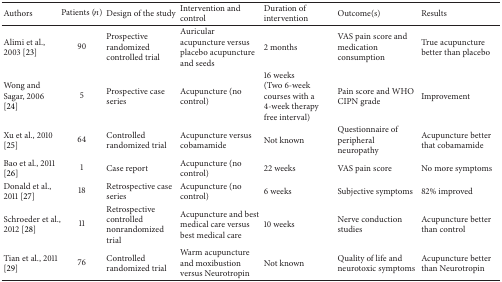
<table><thead><tr><td><b>Authors</b></td><td><b>Patients (<i>n</i>)</b></td><td><b>Design of the study</b></td><td><b>Intervention and control</b></td><td><b>Duration of intervention</b></td><td><b>Outcome(s)</b></td><td><b>Results</b></td></tr></thead><tbody><tr><td>Alimi et al., 2003 [23]</td><td>90</td><td>Prospective randomized controlled trial</td><td>Auricular acupuncture versus placebo acupuncture and seeds</td><td>2 months</td><td>VAS pain score and medication consumption</td><td>True acupuncture better than placebo</td></tr><tr><td>Wong and Sagar, 2006 [24]</td><td>5</td><td>Prospective case series</td><td>Acupuncture (no control)</td><td>16 weeks (Two 6-week courses with a 4-week therapy free interval)</td><td>Pain score and WHO CIPN grade</td><td>Improvement</td></tr><tr><td>Xu et al., 2010 [25]</td><td>64</td><td>Controlled randomized trial</td><td>Acupuncture versus cobamamide</td><td>Not known</td><td>Questionnaire of peripheral neuropathy</td><td>Acupuncture better that cobamamide </td></tr><tr><td>Bao et al., 2011 [26]</td><td>1</td><td>Case report</td><td>Acupuncture (no control)</td><td>22 weeks</td><td>VAS pain score</td><td>No more symptoms</td></tr><tr><td>Donald et al., 2011 [27]</td><td>18</td><td>Retrospective case series</td><td>Acupuncture (no control)</td><td>6 weeks</td><td>Subjective symptoms</td><td>82% improved</td></tr><tr><td>Schroeder et al., 2012 [28]</td><td>11</td><td>Retrospective controlled nonrandomized trial</td><td>Acupuncture and best medical care versus best medical care</td><td>10 weeks</td><td>Nerve conduction studies</td><td>Acupuncture better than control</td></tr><tr><td>Tian et al., 2011 [29]</td><td>76</td><td>Controlled randomized trial</td><td>Warm acupuncture and moxibustion versus Neurotropin</td><td>Not known</td><td>Quality of life and neurotoxic symptoms</td><td>Acupuncture better than Neurotropin</td></tr></tbody></table>